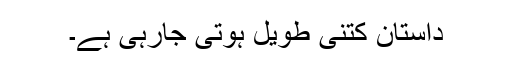
داستان کتنی طویل ہوتی جارہی ہے۔